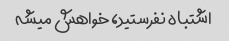
اشتباه نفرستید، خواهش میشه